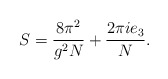
\begin{align*}S = \frac {8 \pi^2}{g^2 N} + \frac {2 \pi i e_3}{N}.\end{align*}